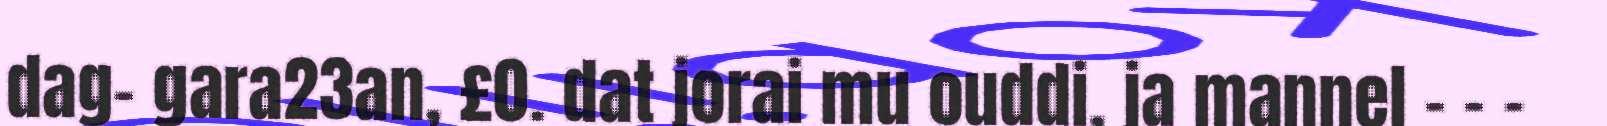
dag- gara23an, £0. dat jorai mu ouddi, ja mannel – – –